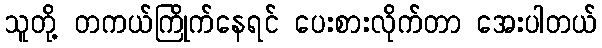
သူတို့ တကယ်ကြိုက်နေရင် ပေးစားလိုက်တာ အေးပါတယ်